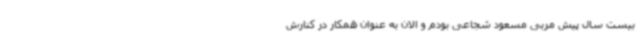
بیست سال پیش مربی مسعود شجاعی بودم و الان به عنوان همکار در کنارش